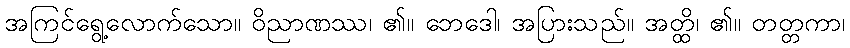
အကြင်ရွေ့လောက်သော။ ဝိညာဏဿ၊ ၏။ ဘေဒေါ၊ အပြားသည်။ အတ္ထိ၊ ၏။ တတ္တကာ၊